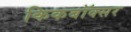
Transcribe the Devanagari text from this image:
किकबॉक्सर